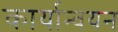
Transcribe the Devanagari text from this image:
कार्यान्‍वयन